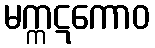
မက္ကဋကောဝ